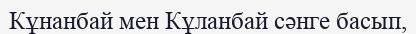
Кұнанбай мен Кұланбай сәнге басып,